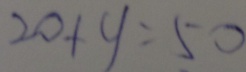
2 0 + y = 5 0